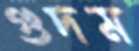
গুদম